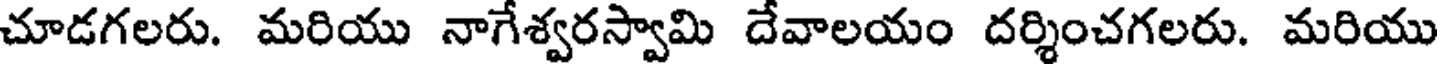
చూడగలరు. మరియు నాగేశ్వరస్వామి దేవాలయం దర్శించగలరు. మరియు